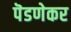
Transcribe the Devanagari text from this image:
पॆडणेकर